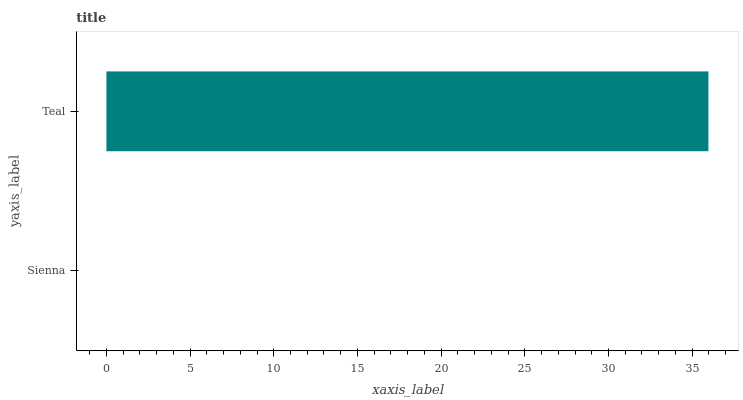
| yaxis_label | bars |
 | --- | --- |
 | Sienna | 0 |
 | Teal | 36 |